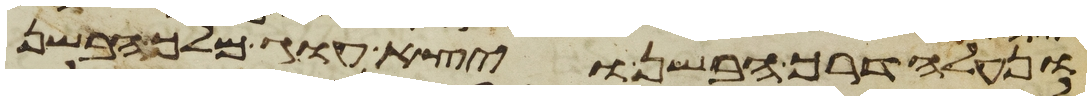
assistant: ונעלה דרך הבשן ויצא עוג מלך הבשן